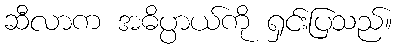
ဆီလာက အဓိပ္ပာယ်ကို ရှင်းပြသည်။